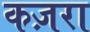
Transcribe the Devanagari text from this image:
कज़रा